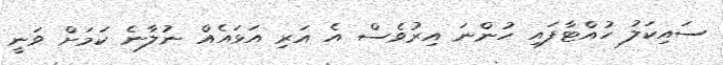
ސައިކަލު ހުއްޓާފައި ހުންނަ އިރުވެސް އެ އަރި އަޅައެއް ނުލާނެ ކަމަށް ވަނީ